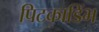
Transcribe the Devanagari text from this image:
पिटकाडिंभ